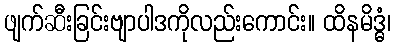
ဖျက်ဆီးခြင်းဗျာပါဒကိုလည်းကောင်း။ ထိနမိဒ္ဓံ၊